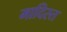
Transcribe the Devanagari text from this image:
मादिस्त